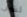
لشراب